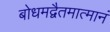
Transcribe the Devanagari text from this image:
बोधमद्वैतमात्मानं